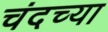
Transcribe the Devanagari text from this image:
चंदच्या